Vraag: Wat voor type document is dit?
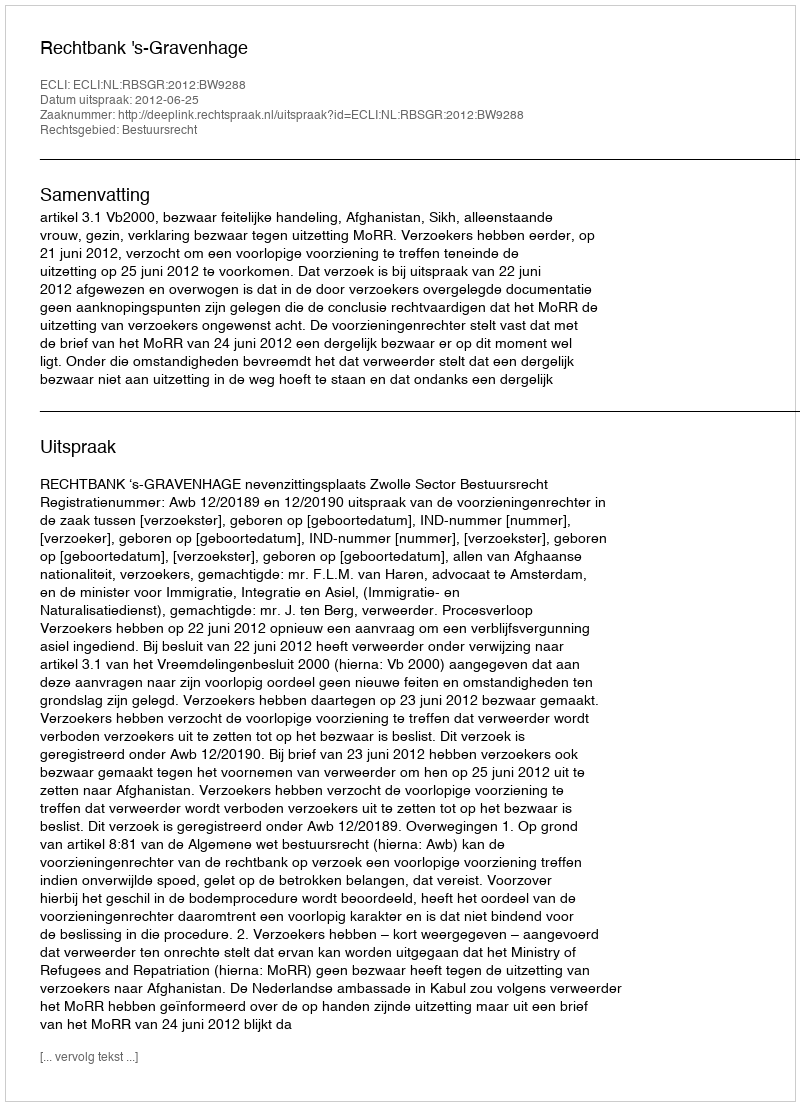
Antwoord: Uitspraak